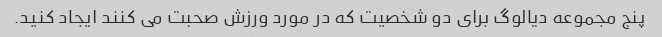
پنج مجموعه دیالوگ برای دو شخصیت که در مورد ورزش صحبت می کنند ایجاد کنید.